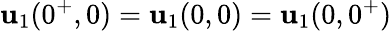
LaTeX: \mathbf{u}_{1}(0^{+},0)=\mathbf{u}_{1}(0,0)=\mathbf{u}_{1}(0,0^{+})